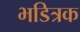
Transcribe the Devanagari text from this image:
भडित्रक